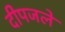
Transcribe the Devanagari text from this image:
दीपजले